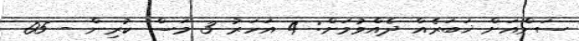
ސަންއަށް ޚަބަރެއް ދެއްވުމަށް: 4 އަހަރު 3 މަސް ކުރިން - 05